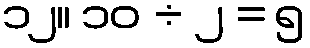
၁၂။ ၁၀ ÷ ၂ = ၅